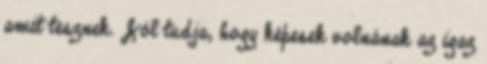
amit tesznek. Jól tudja, hogy képesek volnának az igaz